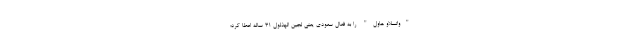
"واتسلاو هاول" را به فعال سعودی یعنی لجین الهذلول ۳۱ ساله اعطا کرد؛